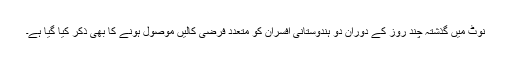
نوٹ میں گذشتہ چند روز کے دوران دو ہندوستانی افسران کو متعدد فرضی کالیں موصول ہونے کا بھی ذکر کیا گیا ہے۔